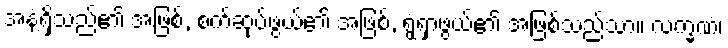
အနံ့ရှိသည်၏ အဖြစ်, စက်ဆုပ်ဖွယ်၏ အဖြစ်, ရွံ့ရှာဖွယ်၏ အဖြစ်သည်သာ။ လက္ခဏံ၊